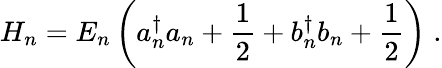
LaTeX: H_{n}=E_{n}\left(a_{n}^{\dagger}a_{n}+\frac{1}{2}+b_{n}^{\dagger}b_{n}+\frac{1}{2}\right)\; .